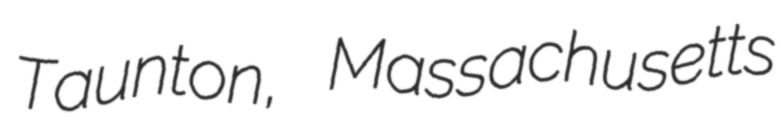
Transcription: Taunton, Massachusetts